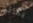
يسلم